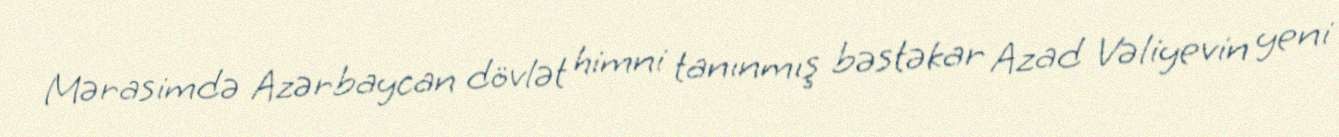
Mərasimdə Azərbaycan dövlət himni tanınmış bəstəkar Azad Vəliyevin yeni